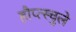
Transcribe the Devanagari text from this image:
हौप्त्स्चुले